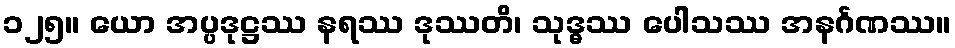
၁၂၅။ ယော အပ္ပဒုဋ္ဌဿ နရဿ ဒုဿတိ၊ သုဒ္ဓဿ ပေါသဿ အနင်္ဂဏဿ။